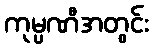
ကုမ္ပဏီအတွင်း